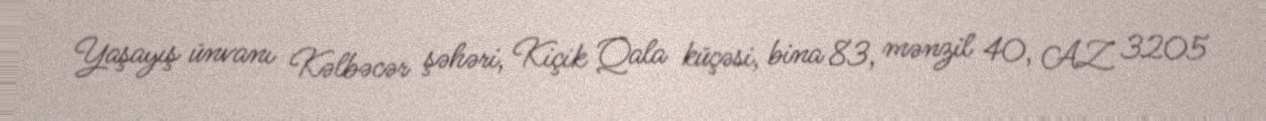
Yaşayış ünvanı Kəlbəcər şəhəri, Kiçik Qala küçəsi, bina 83, mənzil 40, AZ 3205